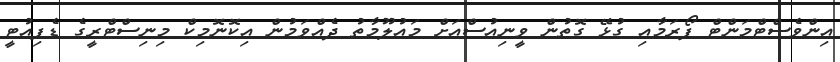
އިންވެސްޓްމަންޓް ފޯރަމާއި ގުޅޭ ގޮތުން ވީނިއުސްއަށް މައުލޫމާތު ދެއްވަމުން އިކޮނޮމިކް މިނިސްޓްރީގެ ޑެޕިއުޓީ